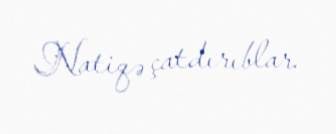
Natiqə çatdırıblar.